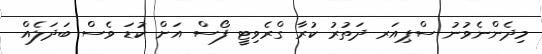
މިދެންނެވުނު ސްޕިއަރ ދަތުރު ކުރާ ގްރެވިޓީ ފޯސް އަށް ކުޑަ ވެސް ބަދަލެއް